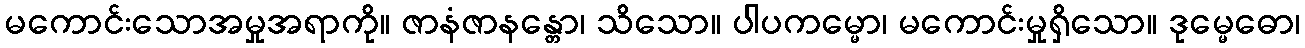
မကောင်းသောအမှုအရာကို။ ဇာနံဇာနန္တော၊ သိသော။ ပါပကမ္မော၊ မကောင်းမှုရှိသော။ ဒုမ္မေဓော၊